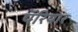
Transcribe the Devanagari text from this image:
पॅरियार